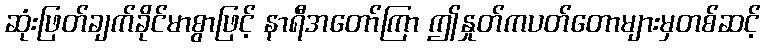
ဆုံးဖြတ်ချက်ခိုင်မာစွာဖြင့် နာရီအတော်ကြာ ဤနှုတ်ကပတ်တောများမှတစ်ဆင့်